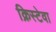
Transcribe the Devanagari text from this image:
क्रिस्टेवा